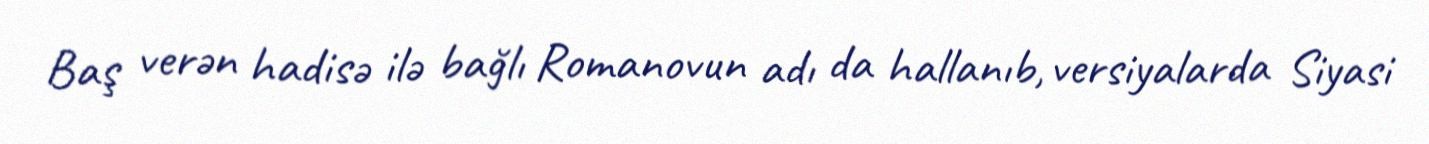
Baş verən hadisə ilə bağlı Romanovun adı da hallanıb, versiyalarda Siyasi